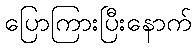
ပြောကြားပြီးနောက်